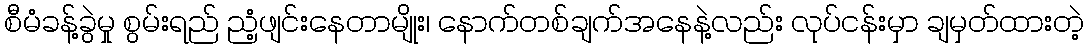
စီမံခန့်ခွဲမှု စွမ်းရည် ညံ့ဖျင်းနေတာမျိုး၊ နောက်တစ်ချက်အနေနဲ့လည်း လုပ်ငန်းမှာ ချမှတ်ထားတဲ့